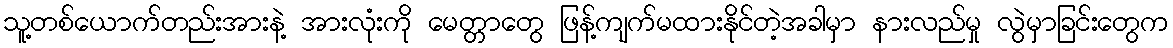
သူ့တစ်ယောက်တည်းအားနဲ့ အားလုံးကို မေတ္တာတွေ ဖြန့်ကျက်မထားနိုင်တဲ့အခါမှာ နားလည်မှု လွဲမှာခြင်းတွေက